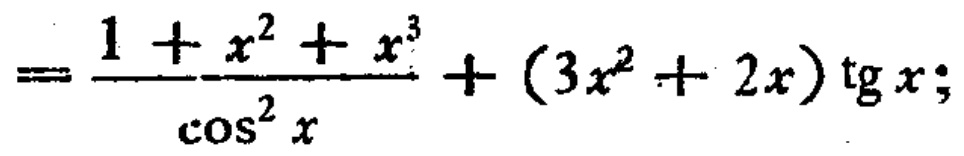
$=\frac{1 + x^{2}+x^{3}}{\cos^{2}x}+(3x^{2}+2x)\operatorname{tg}x;$